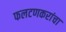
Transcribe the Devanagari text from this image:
फलटणकरांचा